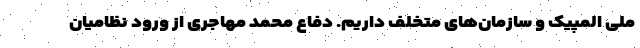
ملی المپیک و سازمان‌های متخلف داریم. دفاع محمد مهاجری از ورود نظامیان